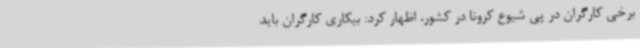
برخی کارگران در پی شیوع کرونا در کشور، اظهار کرد: بیکاری کارگران باید